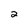
Character: 2